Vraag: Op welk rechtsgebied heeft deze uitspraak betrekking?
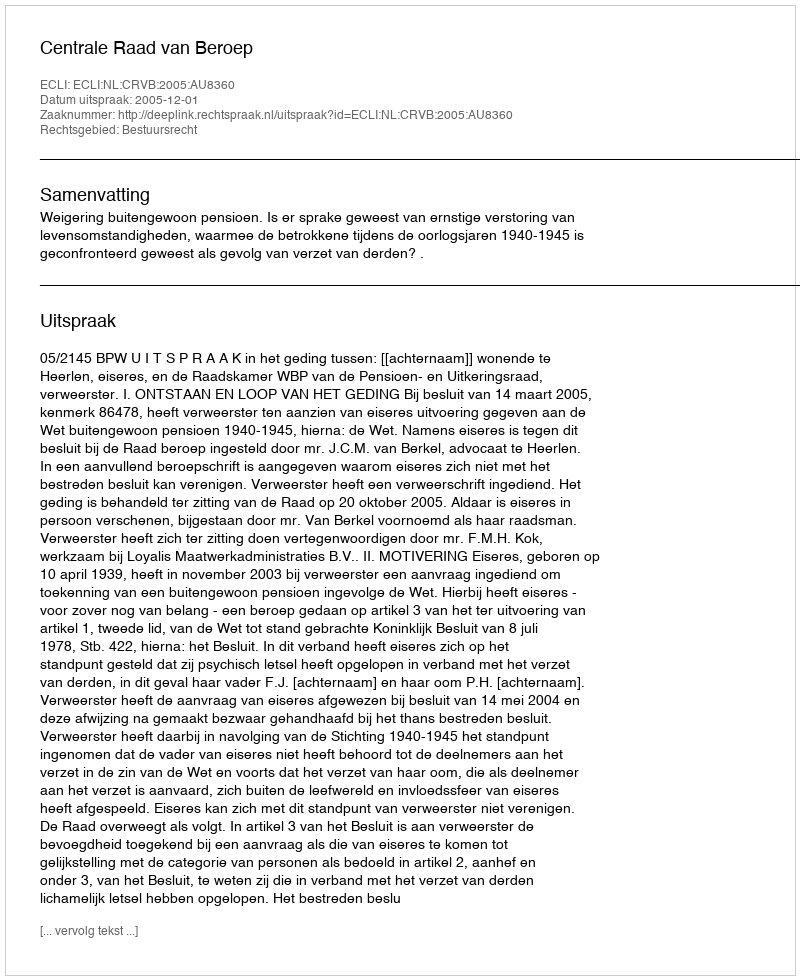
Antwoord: Bestuursrecht